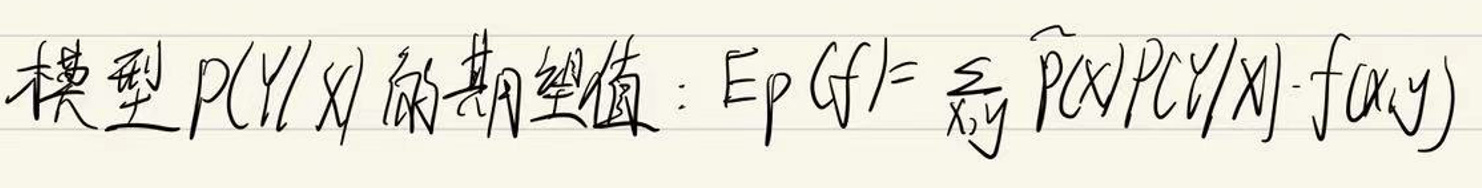
模型\(P(Y|X)\)的期望残值：\(Ep G_f = \sum_{x,y} \hat{P}(x)\hat{P}(y|x) - f(x,y)\)